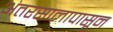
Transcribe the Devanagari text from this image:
अंतरसालापासून